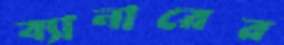
ব্যানারের